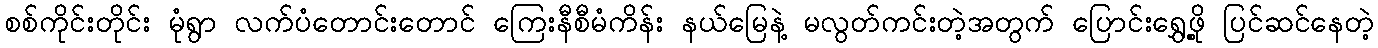
စစ်ကိုင်းတိုင်း မုံရွာ လက်ပံတောင်းတောင် ကြေးနီစီမံကိန်း နယ်မြေနဲ့ မလွတ်ကင်းတဲ့အတွက် ပြောင်းရွှေ့ဖို့ ပြင်ဆင်နေတဲ့